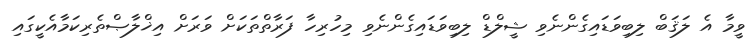
ވީމާ އެ ލަޤަބް ލިބިވަޑައިގެންނެވި ޝީލްޑް ލިބިވަޑައިގެންނެވި މިހުރިހާ ފަރާތްތަކަށް ވަރަށް އިޚްލާޞްތެރިކަމާއެކީގައި